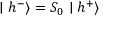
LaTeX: \mid h ^ { - } \rangle = S _ { 0 } \mid h ^ { + } \rangle